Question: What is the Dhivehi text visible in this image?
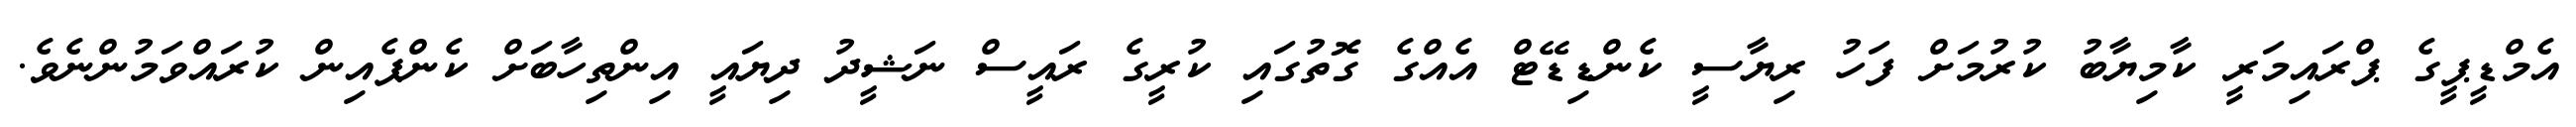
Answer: އެމްޑީޕީގެ ޕްރައިމަރީ ކާމިޔާބު ކުރުމަށް ފަހު ރިޔާސީ ކެންޑިޑޭޓް އެއްގެ ގޮތުގައި ކުރީގެ ރައީސް ނަޝީދު ދިޔައީ އިންތިހާބަށް ކެންޕެއިން ކުރައްވަމުންނެވެ.